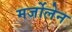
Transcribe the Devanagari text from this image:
मर्जोलेन